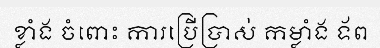
ខ្លាំង ចំពោះ ការប្រើប្រាស់ កម្លាំង ទ័ព